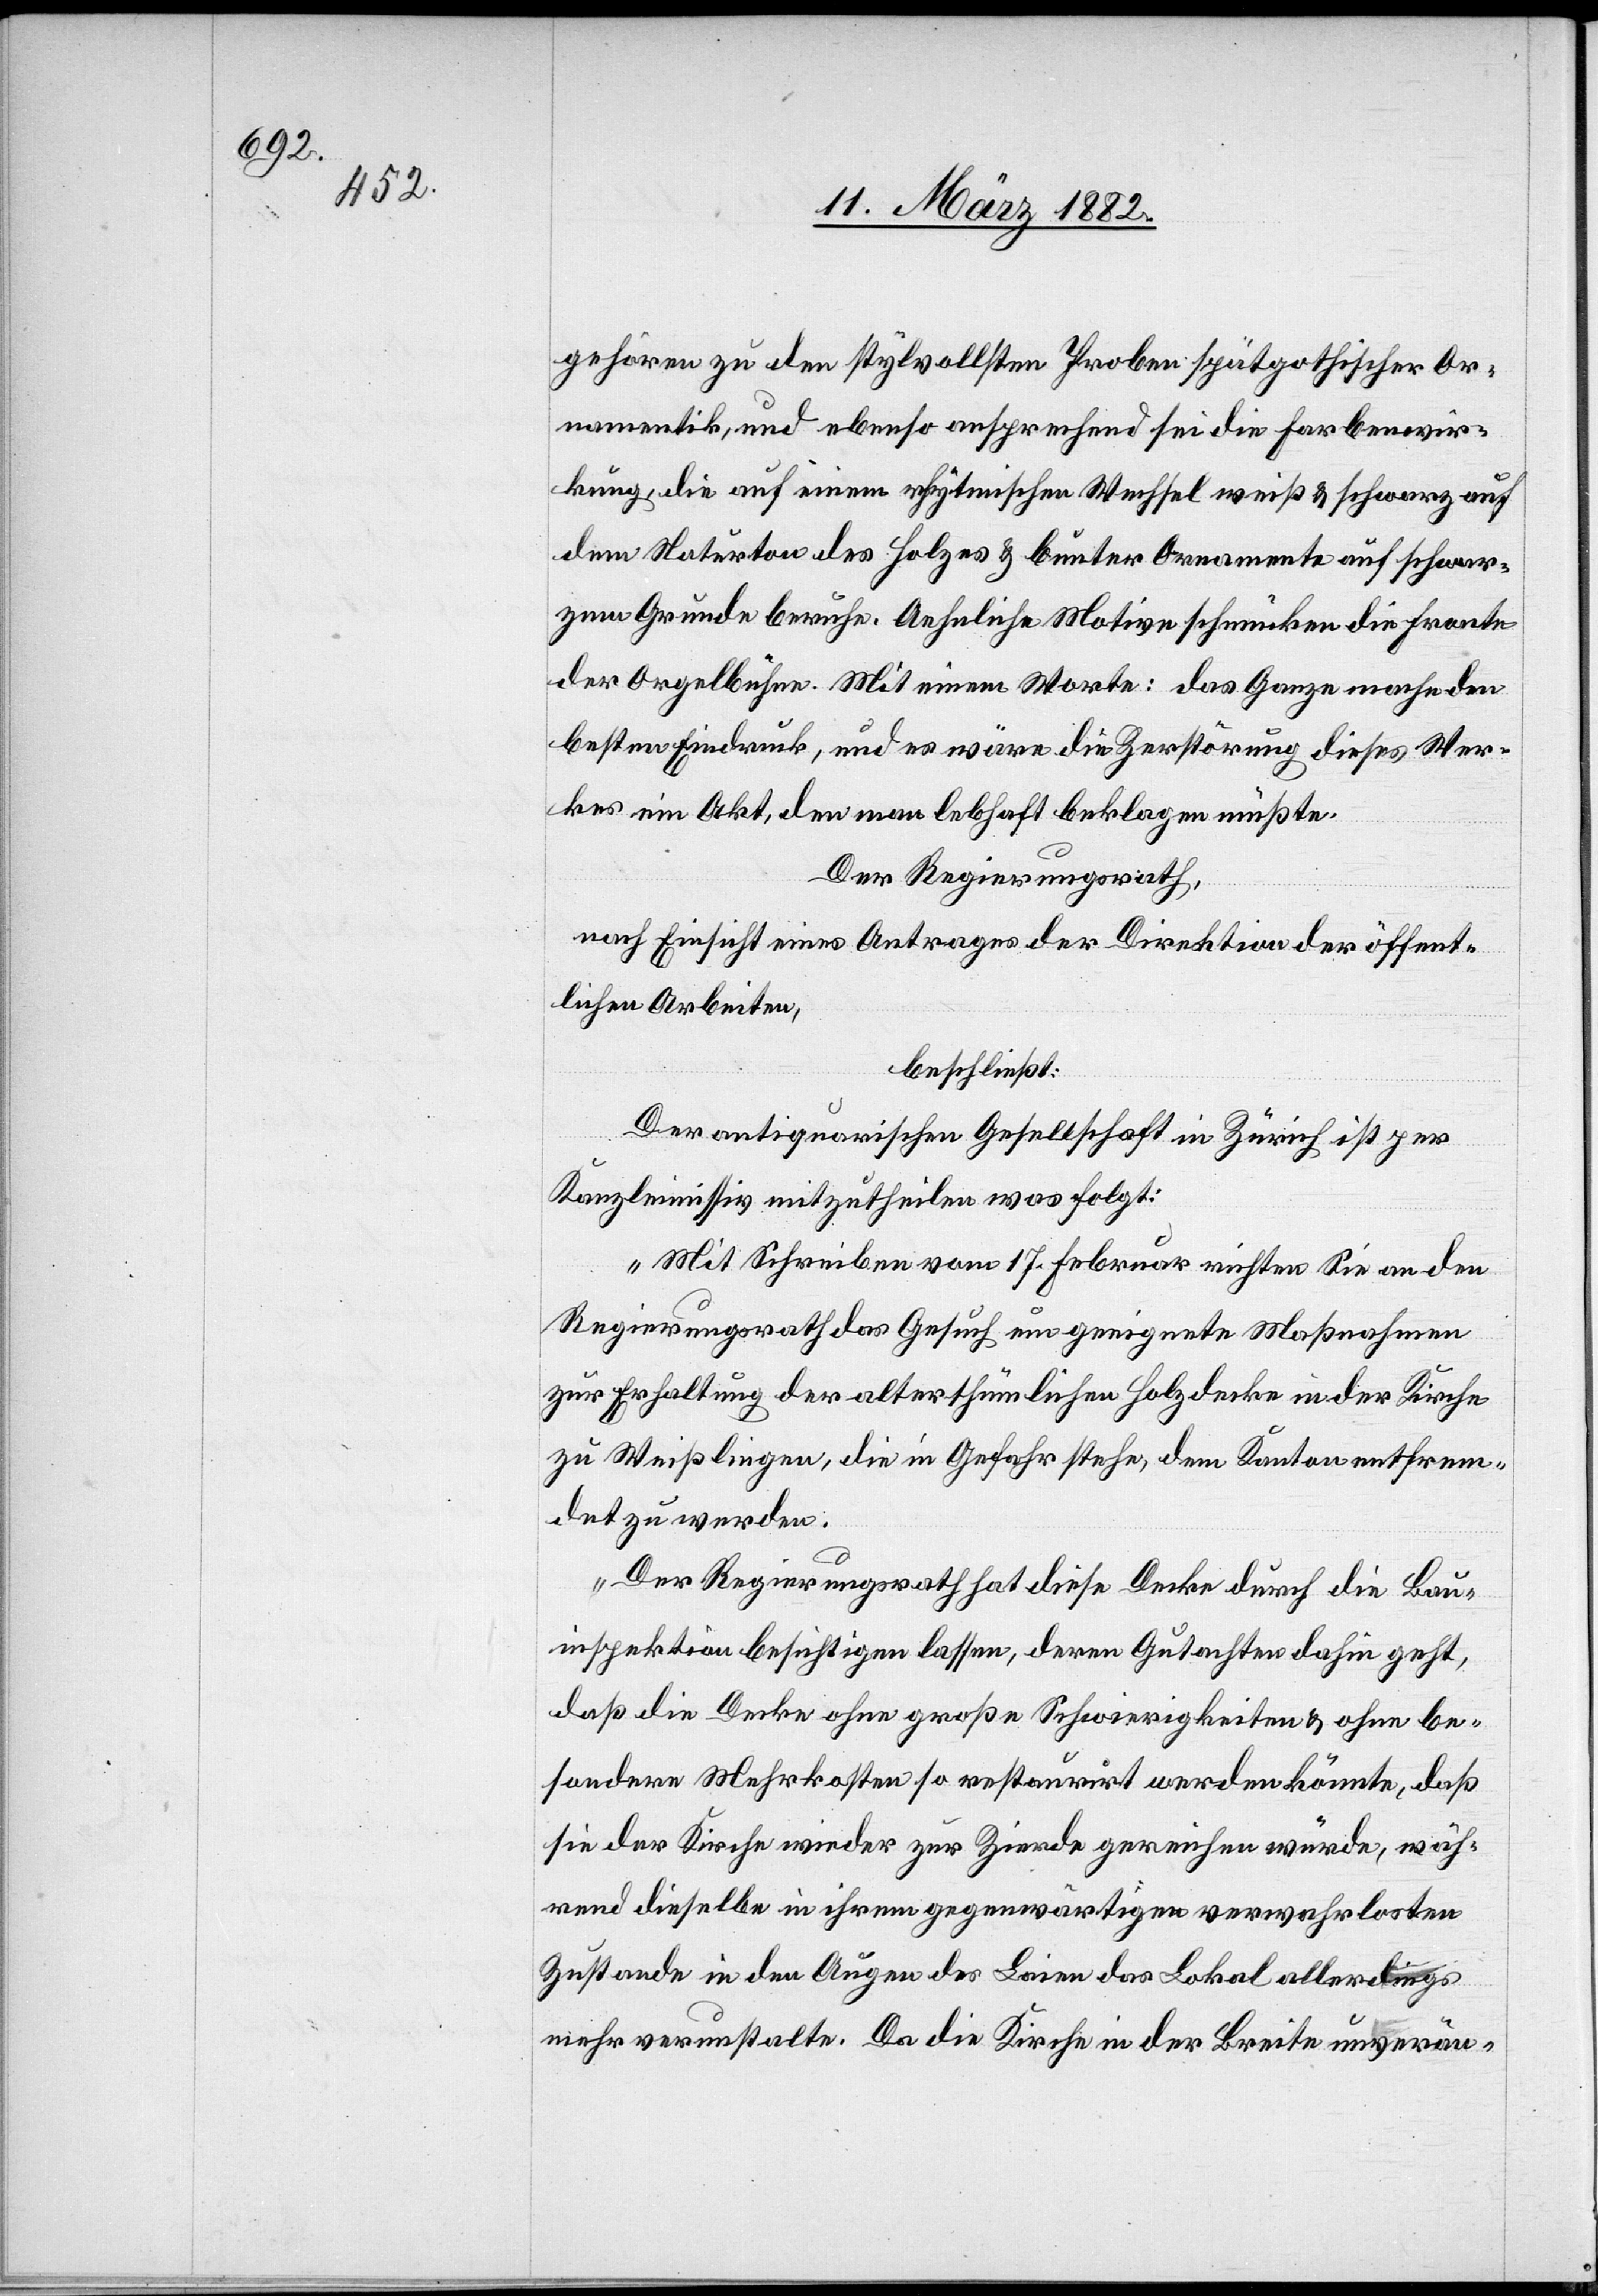
gehören zu den stylvollsten Proben spätgotischer Or¬
namentik, und ebenso ansprechend sei die Farbenwir¬
kung, die auf einem rhytmischen Wechsel weiß & schwarz auf
dem Naturton des Holzes & bunter Ornamente auf schwar¬
zem Grunde beruhe. Ansehnliche Motive schmücken die Fronten
der Orgelbühne. Mit einem Worte: das Ganze mache den
besten Eindruck, und es wäre die Zerstörung dieses Wer¬
kes ein Akt, den man lebhaft beklagen müßte.
Der Regierungsrath,
nach Einsicht eines Antrages der Direktion der öffent¬
lichen Arbeiten,
beschließt:
Der antiquarischen Gesellschaft in Zürich ist per
Kanzleimissiv mitzutheilen was folgt:
„Mit Schreiben vom 17. Februar richten Sie an den
Regierungsrath das Gesuch um geeignete Maßnahmen
zur Erhaltung der alterthümlichen Holzdecke in der Kirche
zu Weißlingen, die in Gefahr stehe, dem Kanton entfrem¬
det zu werden.
Der Regierungsrath hat diese Decke durch die Bau¬
inspektion besichtigen lassen, deren Gutachten dahin geht,
daß die Decke ohne große Schwierigkeiten & ohne be¬
sondere Mehrkosten so restaurirt werden könnte, daß
sie der Kirche wieder zur Zierde gereichen würde, wäh¬
rend dieselbe in ihrem gegenwärtigen verwahrlosten
Zustande in den Augen des Laien das Lokal allerdings
mehr verunstalten. Da die Kirche in der Breite unverän-